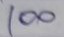
100